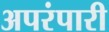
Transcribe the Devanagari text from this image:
अपरंपारी